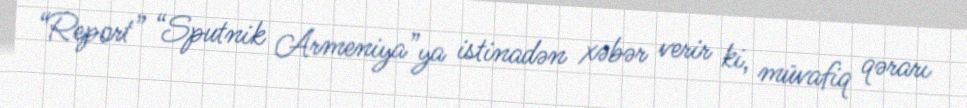
“Report” “Sputnik Armeniya”ya istinadən xəbər verir ki, müvafiq qərarı